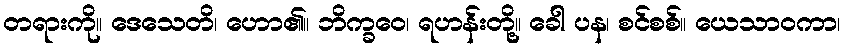
တရားကို။ ဒေသေတိ၊ ဟော၏။ ဘိက္ခဝေ၊ ရဟန်းတို့။ ခေါ ပန၊ စင်စစ်။ ယေသာဝကာ၊